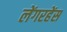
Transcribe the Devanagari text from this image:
लेंगरहेंस